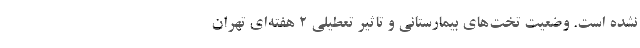
نشده است. وضعیت تخت‌های بیمارستانی و تاثیر تعطیلی ۲ هفته‌ای تهران